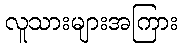
လူသားများအကြား